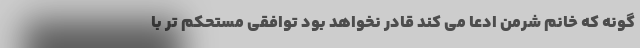
گونه که خانم شرمن ادعا می کند قادر نخواهد بود توافقی مستحکم تر با